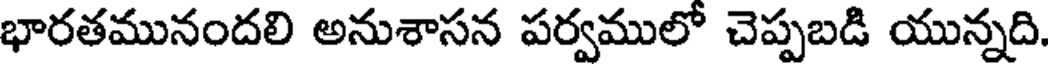
భారతమునందలి అనుశాసన పర్వములో చెప్పబడి యున్నది